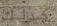
كذلك